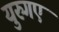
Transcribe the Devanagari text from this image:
युरुगए